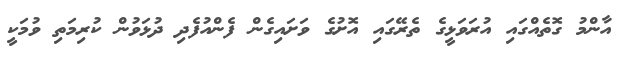
އާންމު ގޮތެއްގައި އުރަވަޅީގެ ތެރޭގައި އޮށުގެ ވަށައިގެން ފެންއުފެދި ދުޅަވުން ކުރިމަތި ވުމަކީ